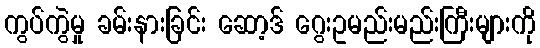
ကွပ်ကွဲမှု ခမ်းနားခြင်း ဆော့ဒ် ဂွေးဥမည်းမည်းကြီးများကို